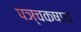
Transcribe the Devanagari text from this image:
पञ्चकषाय